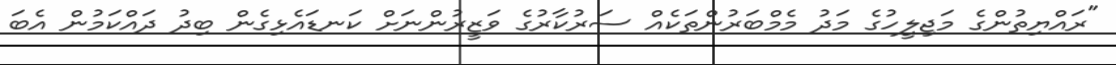
"ރައްޔިތުންގެ މަޖިލީހުގެ މަދު މެމްބަރުންތަކެއް ސަރުކާރުގެ ވަޒީރުންނަށް ކަނޑައެޅިގެން ބިދު ދައްކަމުން އެބަ